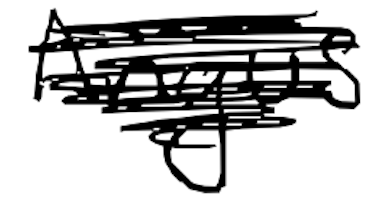
Text: Angus
Cross-out: scratch
Writing tool: digital_black